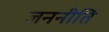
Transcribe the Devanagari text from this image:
जननीति